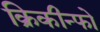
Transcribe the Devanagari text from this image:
क्रिकीन्फो